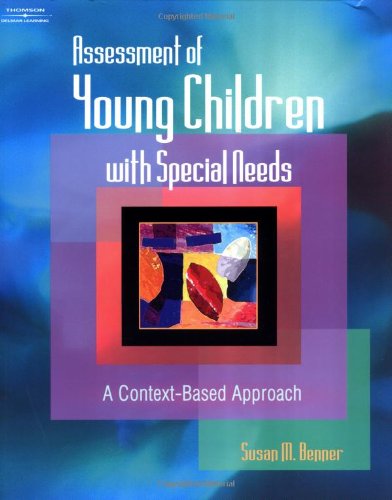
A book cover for Assessment of Children with Special Needs; Susan McLean Benner; Health, Fitness & Dieting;